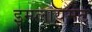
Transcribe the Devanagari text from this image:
इम्प्लायमेंट